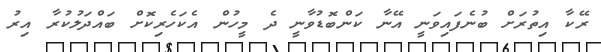
ރޭކާ އިތުރަށް ބުނެފައިވަނީ އޭނާ ކަންބޮޑުވާނީ ދެ މީހުން އެކަހެރިކޮށް ބައްދަލުކުރާ އިރު